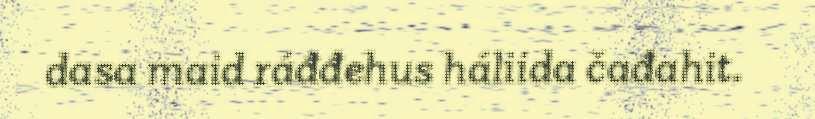
dasa maid ráđđehus háliida čađahit.